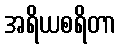
အရိယစရိတာ